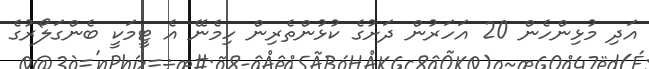
އަދި މުޅިންހެން 20 އަހަރުން ދަށުގެ ކުޅުންތެރިން ހިމެނޭ އެ ޓީމަކީ ބެންގަލޯރުގެ